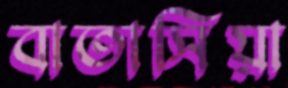
বাতাসিয়া